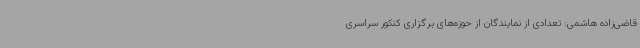
قاضی‌زاده هاشمی: تعدادی از نمایندگان از حوزه‌های برگزاری کنکور سراسری